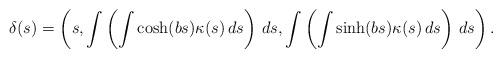
LaTeX: \begin{align*}\delta (s)=\left( s,\int \left( \int \cosh (bs)\kappa (s)\,ds\right) \,ds,\int \left(\int \sinh (bs)\kappa (s)\,ds\right) \,ds\right).\end{align*}